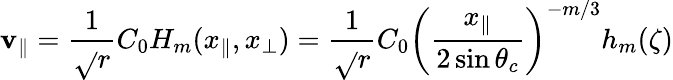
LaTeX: \mathbf{v}_{\parallel}=\frac{{1}}{{\sqrt{}{{r}}}}C_{0}H_{m}(x_{\parallel},x_{\perp})=\frac{{1}}{{\sqrt{}{{r}}}}C_{0}\left(\frac{{x_{\parallel}}}{{2\sin\theta_{c}}}\right)^{-m/3}h_{m}(\zeta)